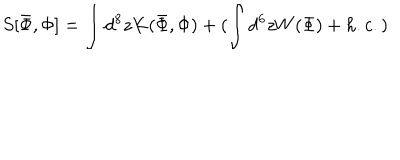
S [ \bar { \Phi } , \Phi ] = \int d ^ { 8 } z K ( \bar { \Phi } , \Phi ) + ( \int d ^ { 6 } z W ( \Phi ) + h . c . )